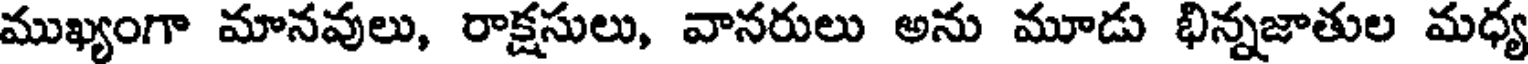
ముఖ్యంగా మానవులు, రాక్షసులు, వానరులు అను మూడు భిన్నజాతుల మధ్య